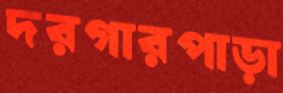
দরগারপাড়া